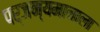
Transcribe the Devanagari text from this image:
पर्जन्यमानाला